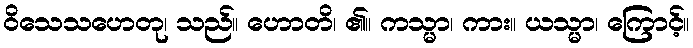
ဝိသေသဟေတု၊ သည်။ ဟောတိ၊ ၏။ ကသ္မာ၊ ကား။ ယသ္မာ၊ ကြောင့်။